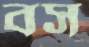
বস